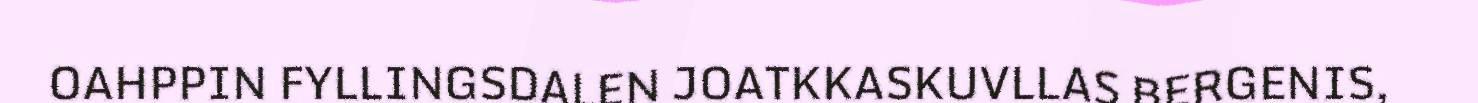
OAHPPIN FYLLINGSDALEN JOATKKASKUVLLAS BERGENIS,